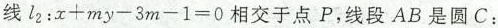
线l2：$$ x + m y - 3 m - 1 = 0 $$ 相交于点P，线段AB是圆C：